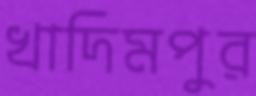
খাদিমপুর